Annual report of the Punjab Veterinary College and of the Civil Veterinary Department, Punjab - 1920-1925
Year: 1920
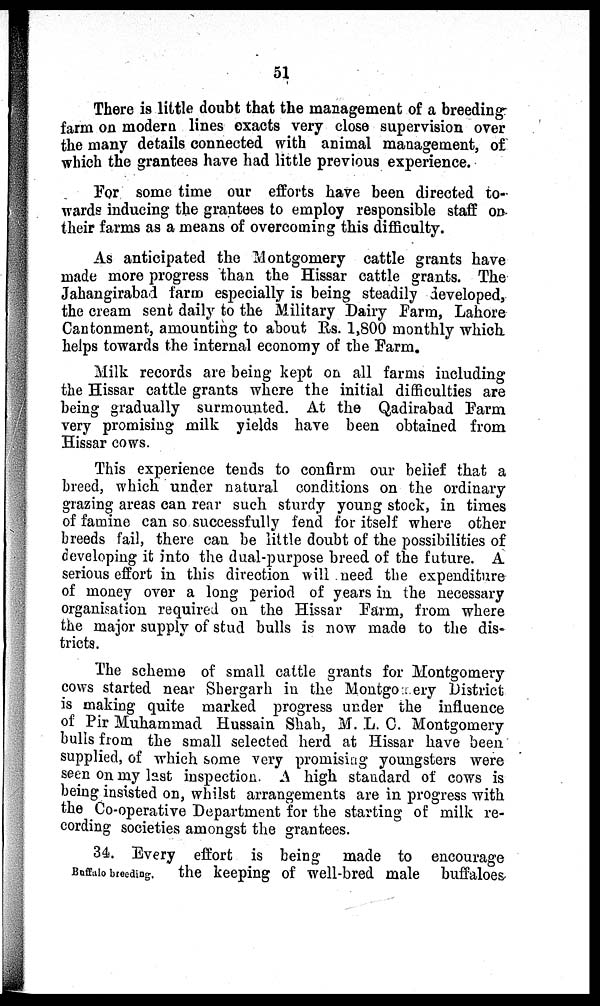
51
There is little doubt that the management of a breeding
farm on modern lines exacts very close supervision over
the many details connected with animal management, of
which the grantees have had little previous experience.
For some time our efforts have been directed to-
wards inducing the grantees to employ responsible staff on
their farms as a means of overcoming this difficulty.
As anticipated the Montgomery cattle grants have
made more progress than the Hissar cattle grants. The
Jahangirabad farm especially is being steadily developed,
the cream sent daily to the Military Dairy Farm, Lahore
Cantonment, amounting to about Rs. 1,800 monthly which
helps towards the internal economy of the Farm.
Milk records are being kept on all farms including
the Hissar cattle grants where the initial difficulties are
being gradually surmounted. At the Qadirabad Farm
very promising milk yields have been obtained from
Hissar cows.
This experience tends to confirm our belief that a
breed, which under natural conditions on the ordinary
grazing areas can rear such sturdy young stock, in times
of famine can so successfully fend for itself where other
breeds fail, there can be little doubt of the possibilities of
developing it into the dual-purpose breed of the future. A
serious effort in this direction will need the expenditure
of money over a long period of years in the necessary
organisation required on the Hissar Farm, from where
the major supply of stud bulls is now made to the dis-
tricts.
The scheme of small cattle grants for Montgomery
cows started near Shergarh in the Montgo ery District
is making quite marked progress under the influence
of Pir Muhammad Hussain Shah, M. L. C. Montgomery
bulls from the small selected herd at Hissar have been
supplied, of which some very promising youngsters were
seen on my last inspection. A high standard of cows is
being insisted on, whilst arrangements are in progress with
the Co-operative Department for the starting of milk re-
cording societies amongst the grantees.
Buffalo breeding.
34. Every effort is being made to encourage
the keeping of well-bred male buffaloes